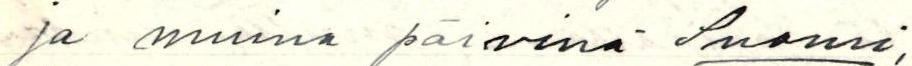
ja muina päivinä Suomi,